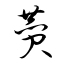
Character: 贊